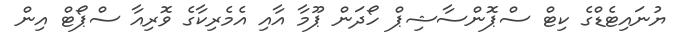
ޔުނައިޓެޑްގެ ކިޓް ސްޕޮންސާޝިޕް ހޯދަން ޕޫމާ އާއި އެމެރިކާގެ ވޮރިއާ ސްޕޯޓް އިން